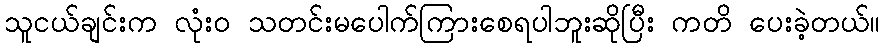
သူငယ်ချင်းက လုံးဝ သတင်းမပေါက်ကြားစေရပါဘူးဆိုပြီး ကတိ ပေးခဲ့တယ်။